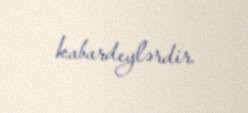
kabardeylərdir.